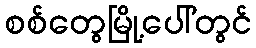
စစ်တွေမြို့ပေါ်တွင်